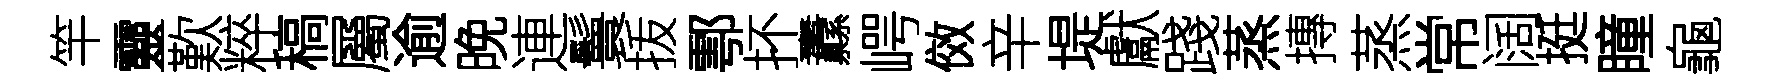
竿靈歎粹稿屬逾晚連鬟㧞鄠抔纛崿傚辛堤獻踐蒸摶蒸常阔挺瞳龜